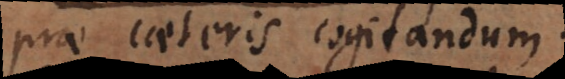
prae caeteris cogitandum.